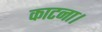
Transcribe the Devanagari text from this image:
काटना।